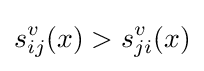
s_{ij}^{v}(x)>s_{ji}^{v}(x)